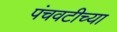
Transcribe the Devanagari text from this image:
पंचवटीच्या